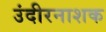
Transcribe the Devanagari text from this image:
उंदीरनाशक